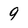
Character: 9